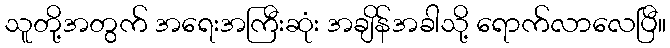
သူတို့အတွက် အရေးအကြီးဆုံး အချိန်အခါသို့ ရောက်လာလေပြီ။